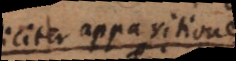
simpliciter apparitiones.